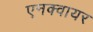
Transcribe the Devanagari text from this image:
एनक्वायर